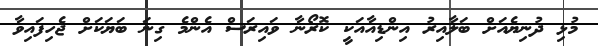
މުޅި ދުނިޔެއަށް ބަލާއިރު އިންޑިއާއަކީ ކޮރޯނާ ވައިރަސް އެންމެ ގިނަ ބަޔަކަށް ޖެހިފައިވާ